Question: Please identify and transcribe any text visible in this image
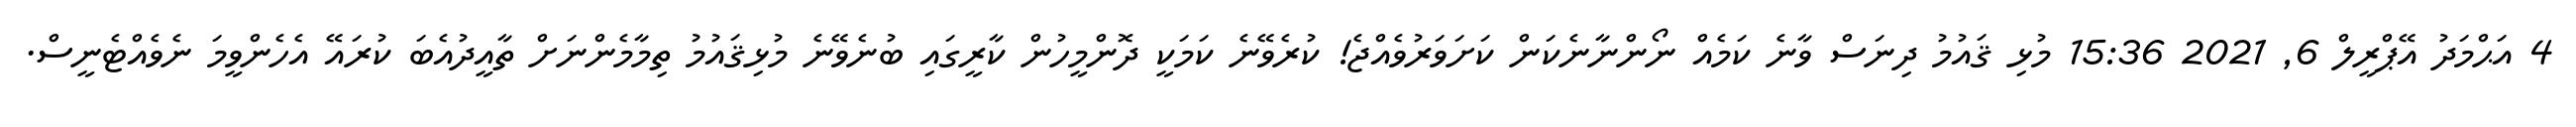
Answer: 4 އަޙްމަދު އޭޕްރީލް 6, 2021 15:36 މުޅި ޤައުމު ދިނަސް ވާނެ ކަމެއް ނޯންނާނެކަން ކަށަވަރުވެއްޖެ! ކުރެވޭނެ ކަމަކީ ދޮންމީހުން ކާރީގައި ބުނެވޭނެ މުޅިޤައުމު ތިމާމެންނަށް ތާއީދުއެބަ ކުރައޭ އެހެންވީމަ ނެވެއްޓެނީސް.